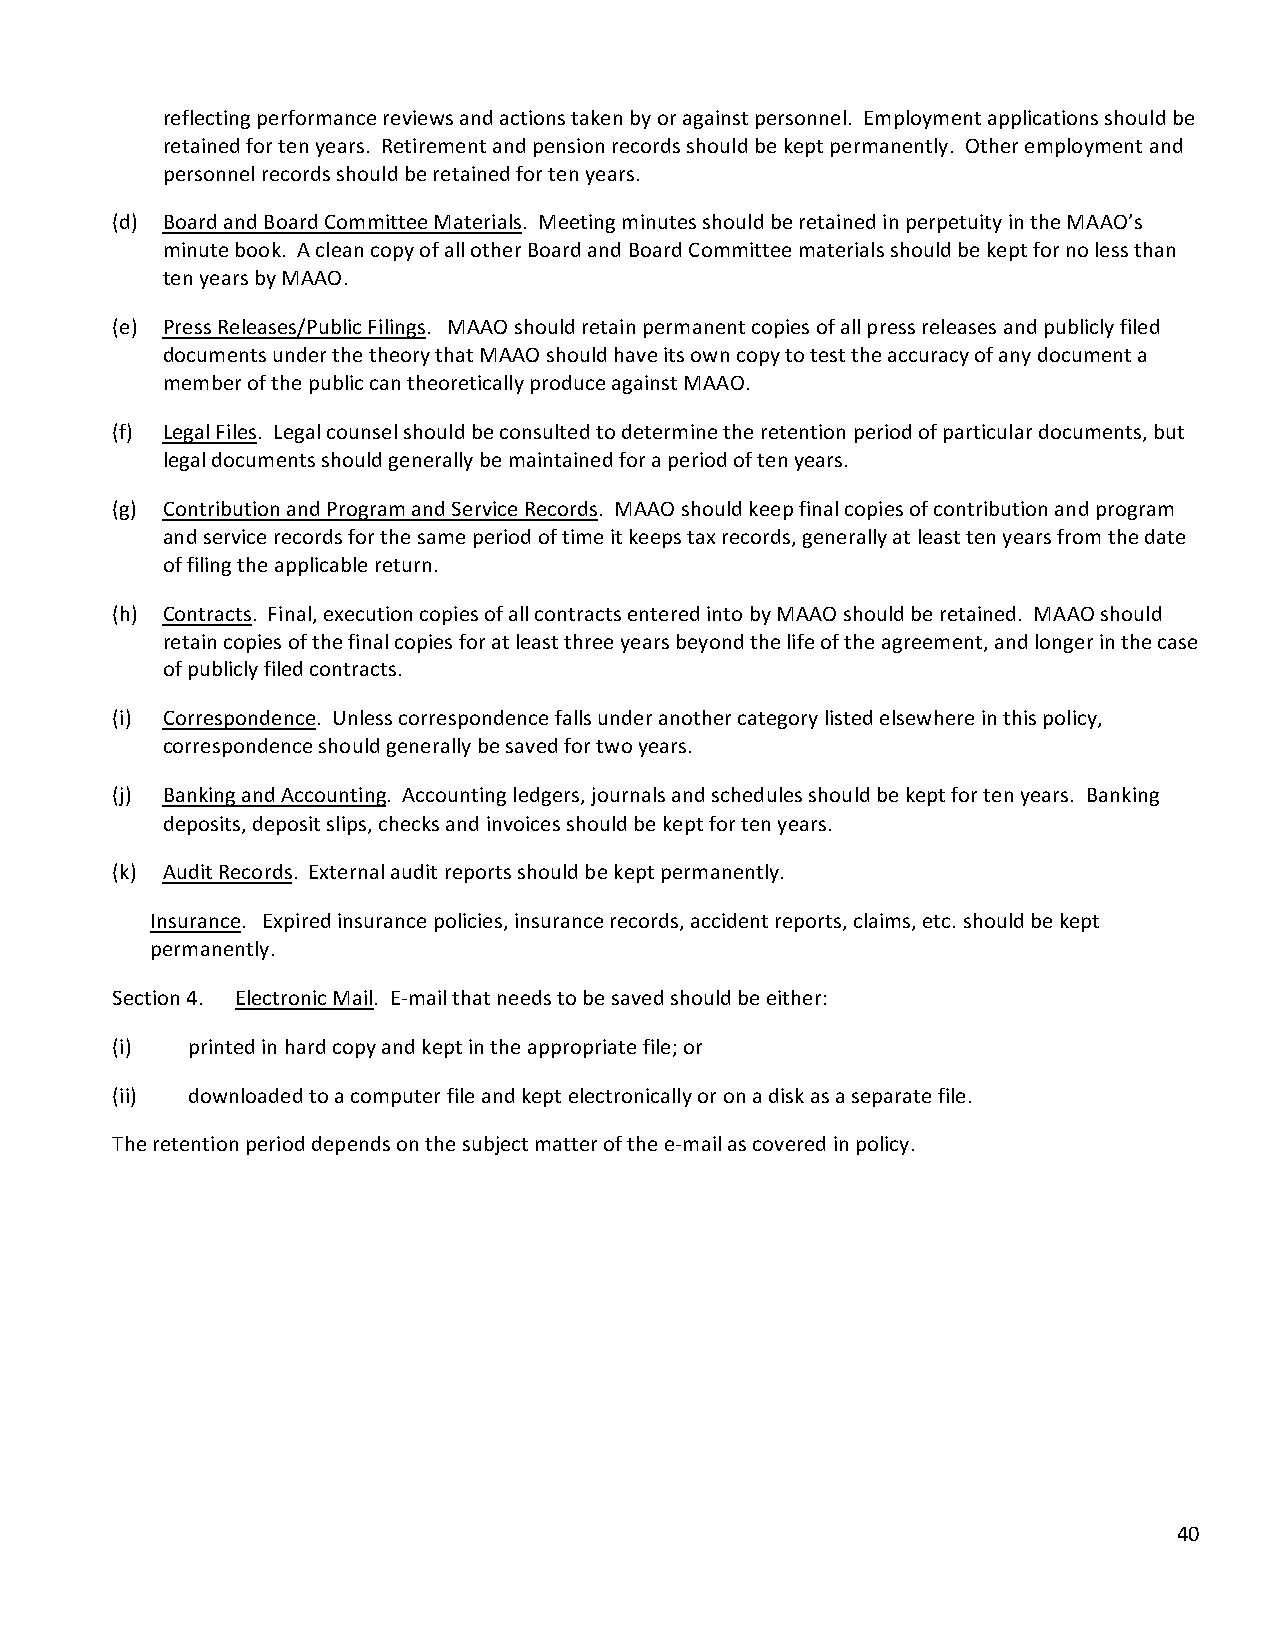
reflecting performance reviews and actions taken by or against personnel. Employment applications should be
 retained for ten years. Retirement and pension records should be kept permanently. Other employment and
 personnel records should be retained for ten years.
 (d) Board and Board Committee Materials. Meeting minutes should be retained in perpetuity in the MAAO’s
 minute book. A clean copy of all other Board and Board Committee materials should be kept for no less than
 ten years by MAAO.
 (e) Press Releases/Public Filings. MAAO should retain permanent copies of all press releases and publicly filed
 documents under the theory that MAAO should have its own copy to test the accuracy of any document a
 member of the public can theoretically produce against MAAO.
 (f) Legal Files. Legal counsel should be consulted to determine the retention period of particular documents, but
 legal documents should generally be maintained for a period of ten years.
 (g) Contribution and Program and Service Records. MAAO should keep final copies of contribution and program
 and service records for the same period of time it keeps tax records, generally at least ten years from the date
 of filing the applicable return.
 (h) Contracts. Final, execution copies of all contracts entered into by MAAO should be retained. MAAO should
 retain copies of the final copies for at least three years beyond the life of the agreement, and longer in the case
 of publicly filed contracts.
 (i) Correspondence. Unless correspondence falls under another category listed elsewhere in this policy,
 correspondence should generally be saved for two years.
 (j) Banking and Accounting. Accounting ledgers, journals and schedules should be kept for ten years. Banking
 deposits, deposit slips, checks and invoices should be kept for ten years.
 (k) Audit Records. External audit reports should be kept permanently.
 Insurance. Expired insurance policies, insurance records, accident reports, claims, etc. should be kept
 permanently.
 Section 4. Electronic Mail. E-mail that needs to be saved should be either:
 (i)  printed in hard copy and kept in the appropriate file; or
 (ii) downloaded to a computer file and kept electronically or on a disk as a separate file.
 The retention period depends on the subject matter of the e-mail as covered in policy.
 40